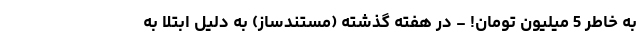
به خاطر 5 میلیون تومان! - در هفته گذشته (مستندساز) به دلیل ابتلا به